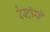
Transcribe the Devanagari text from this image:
रेस्टॉरन्टे